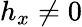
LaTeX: {h_{x}\neq 0}